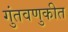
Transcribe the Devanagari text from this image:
गुंतवणुकीत